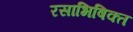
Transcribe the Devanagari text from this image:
रसाभिषिक्त